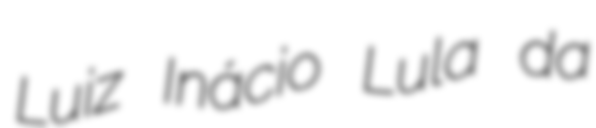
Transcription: Luiz Inácio Lula da